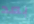
بعد